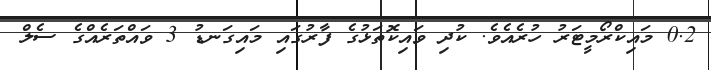
0.2 މައިކްރޯމީޓަރު ހުރެއެވެ. ކުދި ވައިކޮތަޅުގެ ފާރުގައި މައިގަނޑު 3 ވައްތަރެއްގެ ސެލް